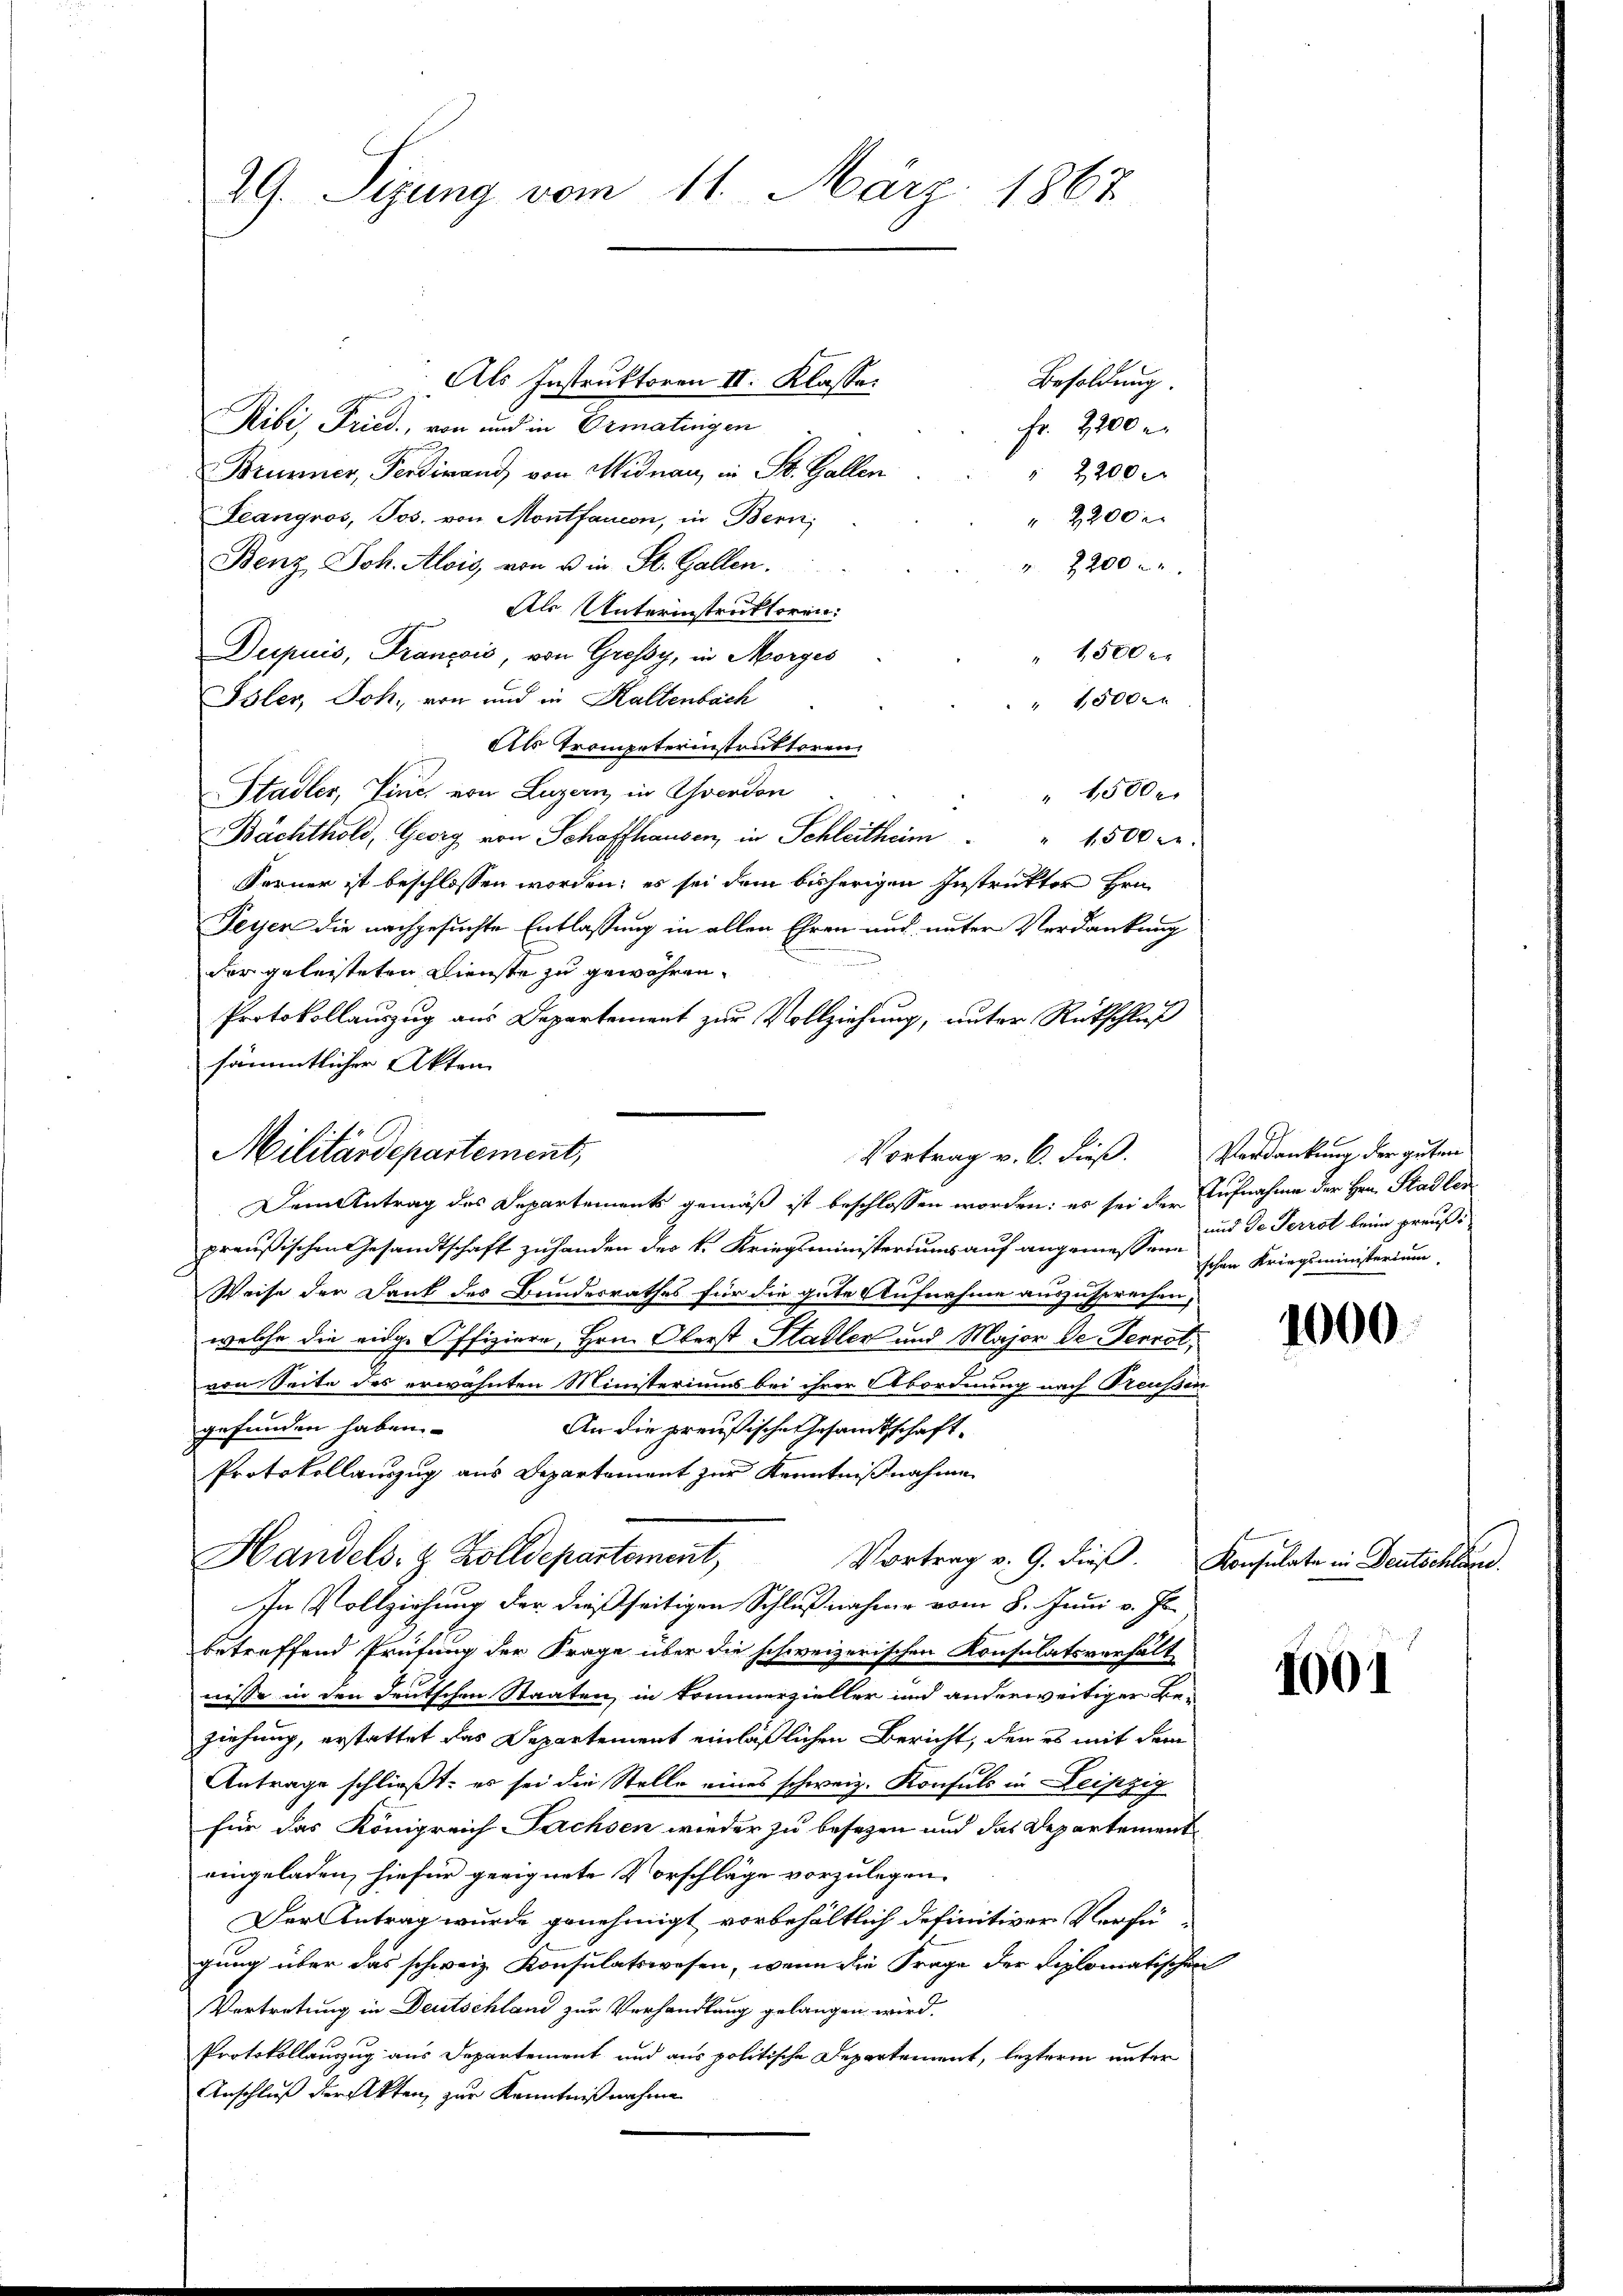
29. Sizung vom 11. März 1867

Besoldung.
 Als Instruktoren II. Klasse.
Ribi Fried, von und in Ermatingen
Fr. 2200 r.
Brunner, Ferdinand von Widnau, in St. Gallen
2200 x
Leangros, Jos. von Montfaucon, in Bern,
" 2200 r
Benz Joh. Alois, von u in St. Gallen.
 2200 x
Als Unterinstruktoren:
Dupuis, Français, von Grossy, in Morges
 1500 x
Isler, Joh. von und in Hallenbach
" 15000
Als Trompeterinstruktoren
Stadler, Vinc, von Luzern in verdon
1500 x
Bachthold, Georg von Schaffhausen, in Schleitheim " " 1500 l.
Ferner ist beschlossen worden; es sei dem bisherigen Instrukter Hrn.
Feyer die nachgesuchte Entlassung in allen Ehren und unter Verdankung
der geleisteten Dienste zu gewähren.
Protokollauszug aus Departement zur Vollziehung, unter Rückschluß
sämmtlicher Akten
Militärdepartement,
Vortrag v. 6. dieß.

Dem Antrag des Departements gemäß ist beschlossen worden: es sei der Aufnahme der Hrn. Stadler
preußischen Gesandtschaft zuhanden des k. Kriegsministeriums auf angemesse und der Terrat beim preuß¬
Weise der Dank des Bundesrathes für die gute Aufnahme auszusprechen,
welche die eidge Offiziere, Hrn. Oberst Pladler und Major de Perrot,
von Seite des erwähnten Ministeriums bei ihrer Abordnung nach Preußen
gefunden haben.
An die preußische Gesandtschaft¬
Protokollauszug aus Departement zur Kenntnißnahme
Handels- & Zolldepartement,
In Vollziehung der dießseitigen Schlußnahme vom 8. Juni v. Js.
betreffend Prüfung der Frage über die schweizerischen Konsulatsverhält
nisse in den deutschen Staaten in kommerzieller und anderweitiger Beziehung, erstattet das Departement einläßlichen Bericht, den es mit dem
Antrage schließt: es sei die Stelle eines schweiz. Konsuls in Leipzig
für das Königreich Fachsen wieder zu besezen und das Departement
eingeladen, hiefür geeignete Vorschläge vorzulegen.
Der Antrag wurde genehmigt vorbehältlich definitiver Verfügung über das schweiz. Konsulatswesen, wenn die Frage der Diplomatischen
Vertretung in Deutschland zur Verhandlung gelangen wird.
Protokollauszug aus Departement und aus politische Departement, lezteren unter
Anschluß der Akten, zur Kenntniß nahme

Verdankung der guten
ischen Kriegsministerium

Vortrag v. 9. dieß. Konsulate in Deutschland.

1000

1001